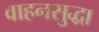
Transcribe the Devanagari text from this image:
वाहनसुद्धा